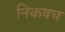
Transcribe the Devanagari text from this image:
निकषच